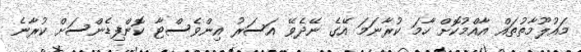
މައުލޫމާތުތައް އާއްމުކޮށް ހާމަ ކުރާނަމަ އޭގެ ނޭދެވޭ އަސަރު އިންވެސްޓާ ކޮންފިޑެންސަށް ކުރާނެ